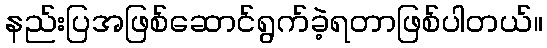
နည်းပြအဖြစ်ဆောင်ရွက်ခဲ့ရတာဖြစ်ပါတယ်။